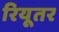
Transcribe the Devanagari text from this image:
रियूतर